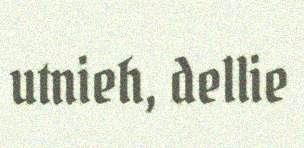
utnieh, dellie